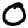
Digit: 0